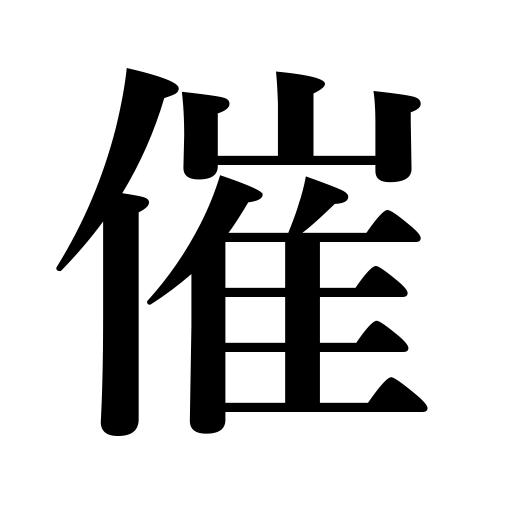
Meanings: develop symptoms of,hold a meeting,feel,feel sick,give a dinner,show signs of